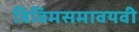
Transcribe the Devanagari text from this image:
त्रिविमसमावयवी